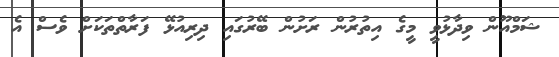
ޝަމްއޫން ވިދާޅުވީ މީގެ އިތުރުން ރަށުން ބޭރުގައި ދިރިއުޅޭ ފަރާތްތަކަށް ވެސް އެ